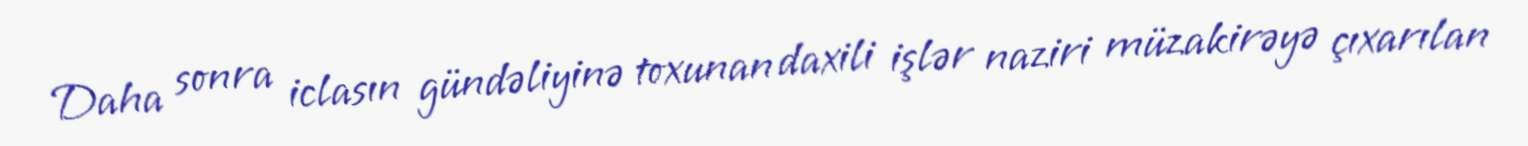
Daha sonra iclasın gündəliyinə toxunan daxili işlər naziri müzakirəyə çıxarılan